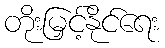
တိုးမြှင့်နိုင်ရေး